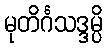
မုတိင်္ဂသဒ္ဒမ္ပိ